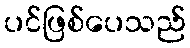
ပင်ဖြစ်ပေသည်